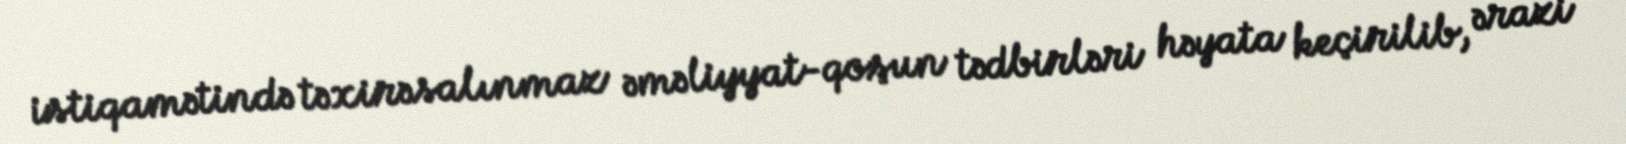
istiqamətində təxirəsalınmaz əməliyyat-qoşun tədbirləri həyata keçirilib, ərazi